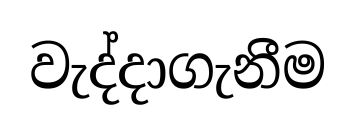
වැද්දාගැනීම